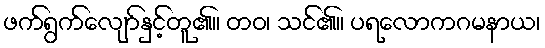
ဖက်ရွက်လျော်နှင့်တူ၏။ တဝ၊ သင်၏။ ပရလောကဂမနာယ၊